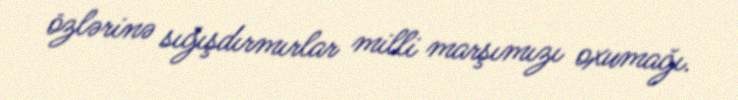
özlərinə sığışdırmırlar milli marşımızı oxumağı.